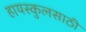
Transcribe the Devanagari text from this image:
हायस्‍कुलसाठी